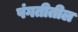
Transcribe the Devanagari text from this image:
पंगतीतील